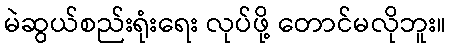
မဲဆွယ်စည်းရုံးရေး လုပ်ဖို့ တောင်မလိုဘူး။